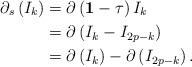
LaTeX: \begin{align*}\partial_{s}\left( I_{k}\right) & =\partial\left( \mathbf{1}-\tau\right)I_{k}\\& =\partial\left( I_{k}-I_{2p-k}\right) \\& =\partial\left( I_{k}\right) -\partial\left( I_{2p-k}\right) .\end{align*}